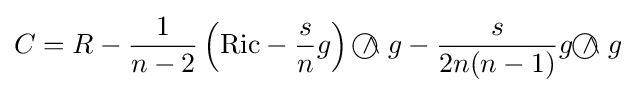
C=R-{\frac {1}{n-2}}\left(\mathrm {Ric} -{\frac {s}{n}}g\right){~\wedge \!\!\!\!\!\!\!\!\;\bigcirc ~}g-{\frac {s}{2n(n-1)}}g{~\wedge \!\!\!\!\!\!\!\!\;\bigcirc ~}g